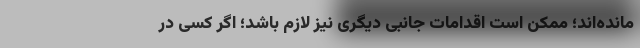
مانده‌اند؛ ممکن است اقدامات جانبی دیگری نیز لازم باشد؛ اگر کسی در